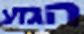
הגזע